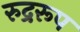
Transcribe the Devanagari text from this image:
रुद्ररूप